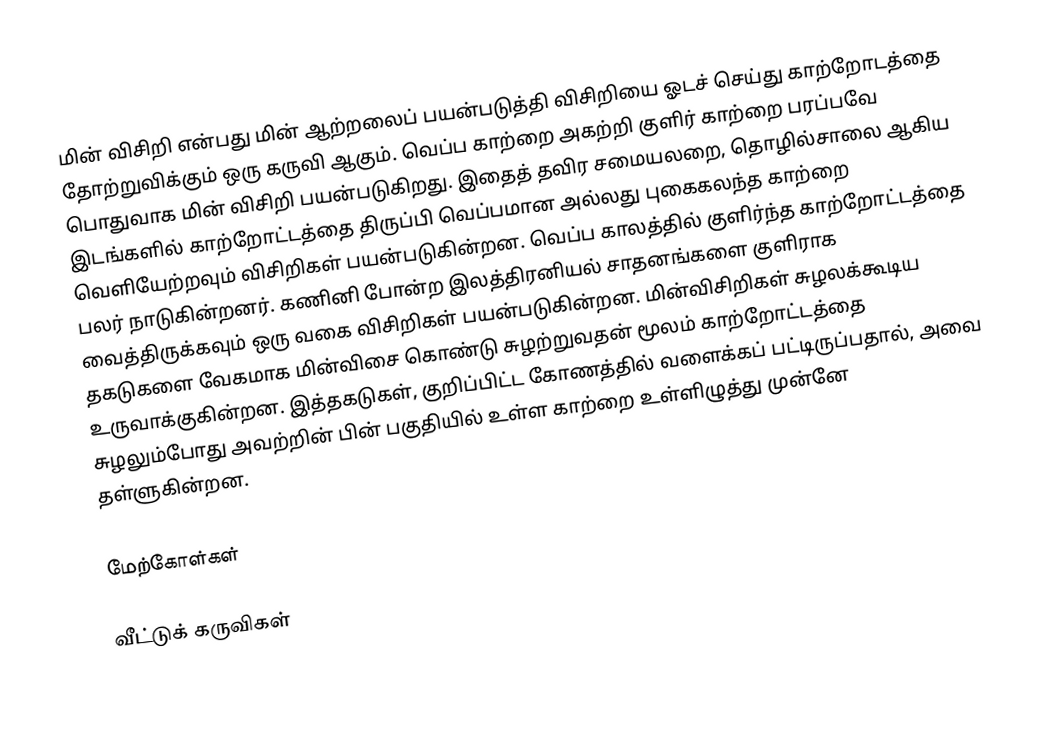
மின் விசிறி என்பது மின் ஆற்றலைப் பயன்படுத்தி விசிறியை ஓடச் செய்து காற்றோடத்தை தோற்றுவிக்கும் ஒரு கருவி ஆகும். வெப்ப காற்றை அகற்றி குளிர் காற்றை பரப்பவே பொதுவாக மின் விசிறி பயன்படுகிறது. இதைத் தவிர சமையலறை, தொழில்சாலை ஆகிய இடங்களில் காற்றோட்டத்தை திருப்பி வெப்பமான அல்லது புகைகலந்த காற்றை வெளியேற்றவும் விசிறிகள் பயன்படுகின்றன. வெப்ப காலத்தில் குளிர்ந்த காற்றோட்டத்தை பலர் நாடுகின்றனர். கணினி போன்ற இலத்திரனியல் சாதனங்களை குளிராக வைத்திருக்கவும் ஒரு வகை விசிறிகள் பயன்படுகின்றன. மின்விசிறிகள் சுழலக்கூடிய தகடுகளை வேகமாக மின்விசை கொண்டு சுழற்றுவதன் மூலம் காற்றோட்டத்தை உருவாக்குகின்றன. இத்தகடுகள், குறிப்பிட்ட கோணத்தில் வளைக்கப் பட்டிருப்பதால், அவை சுழலும்போது அவற்றின் பின் பகுதியில் உள்ள காற்றை உள்ளிழுத்து முன்னே தள்ளுகின்றன.

மேற்கோள்கள்

வீட்டுக் கருவிகள்